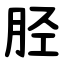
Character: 胫